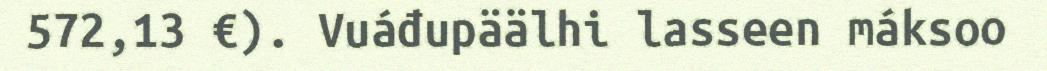
572,13 €). Vuáđupäälhi lasseen máksoo